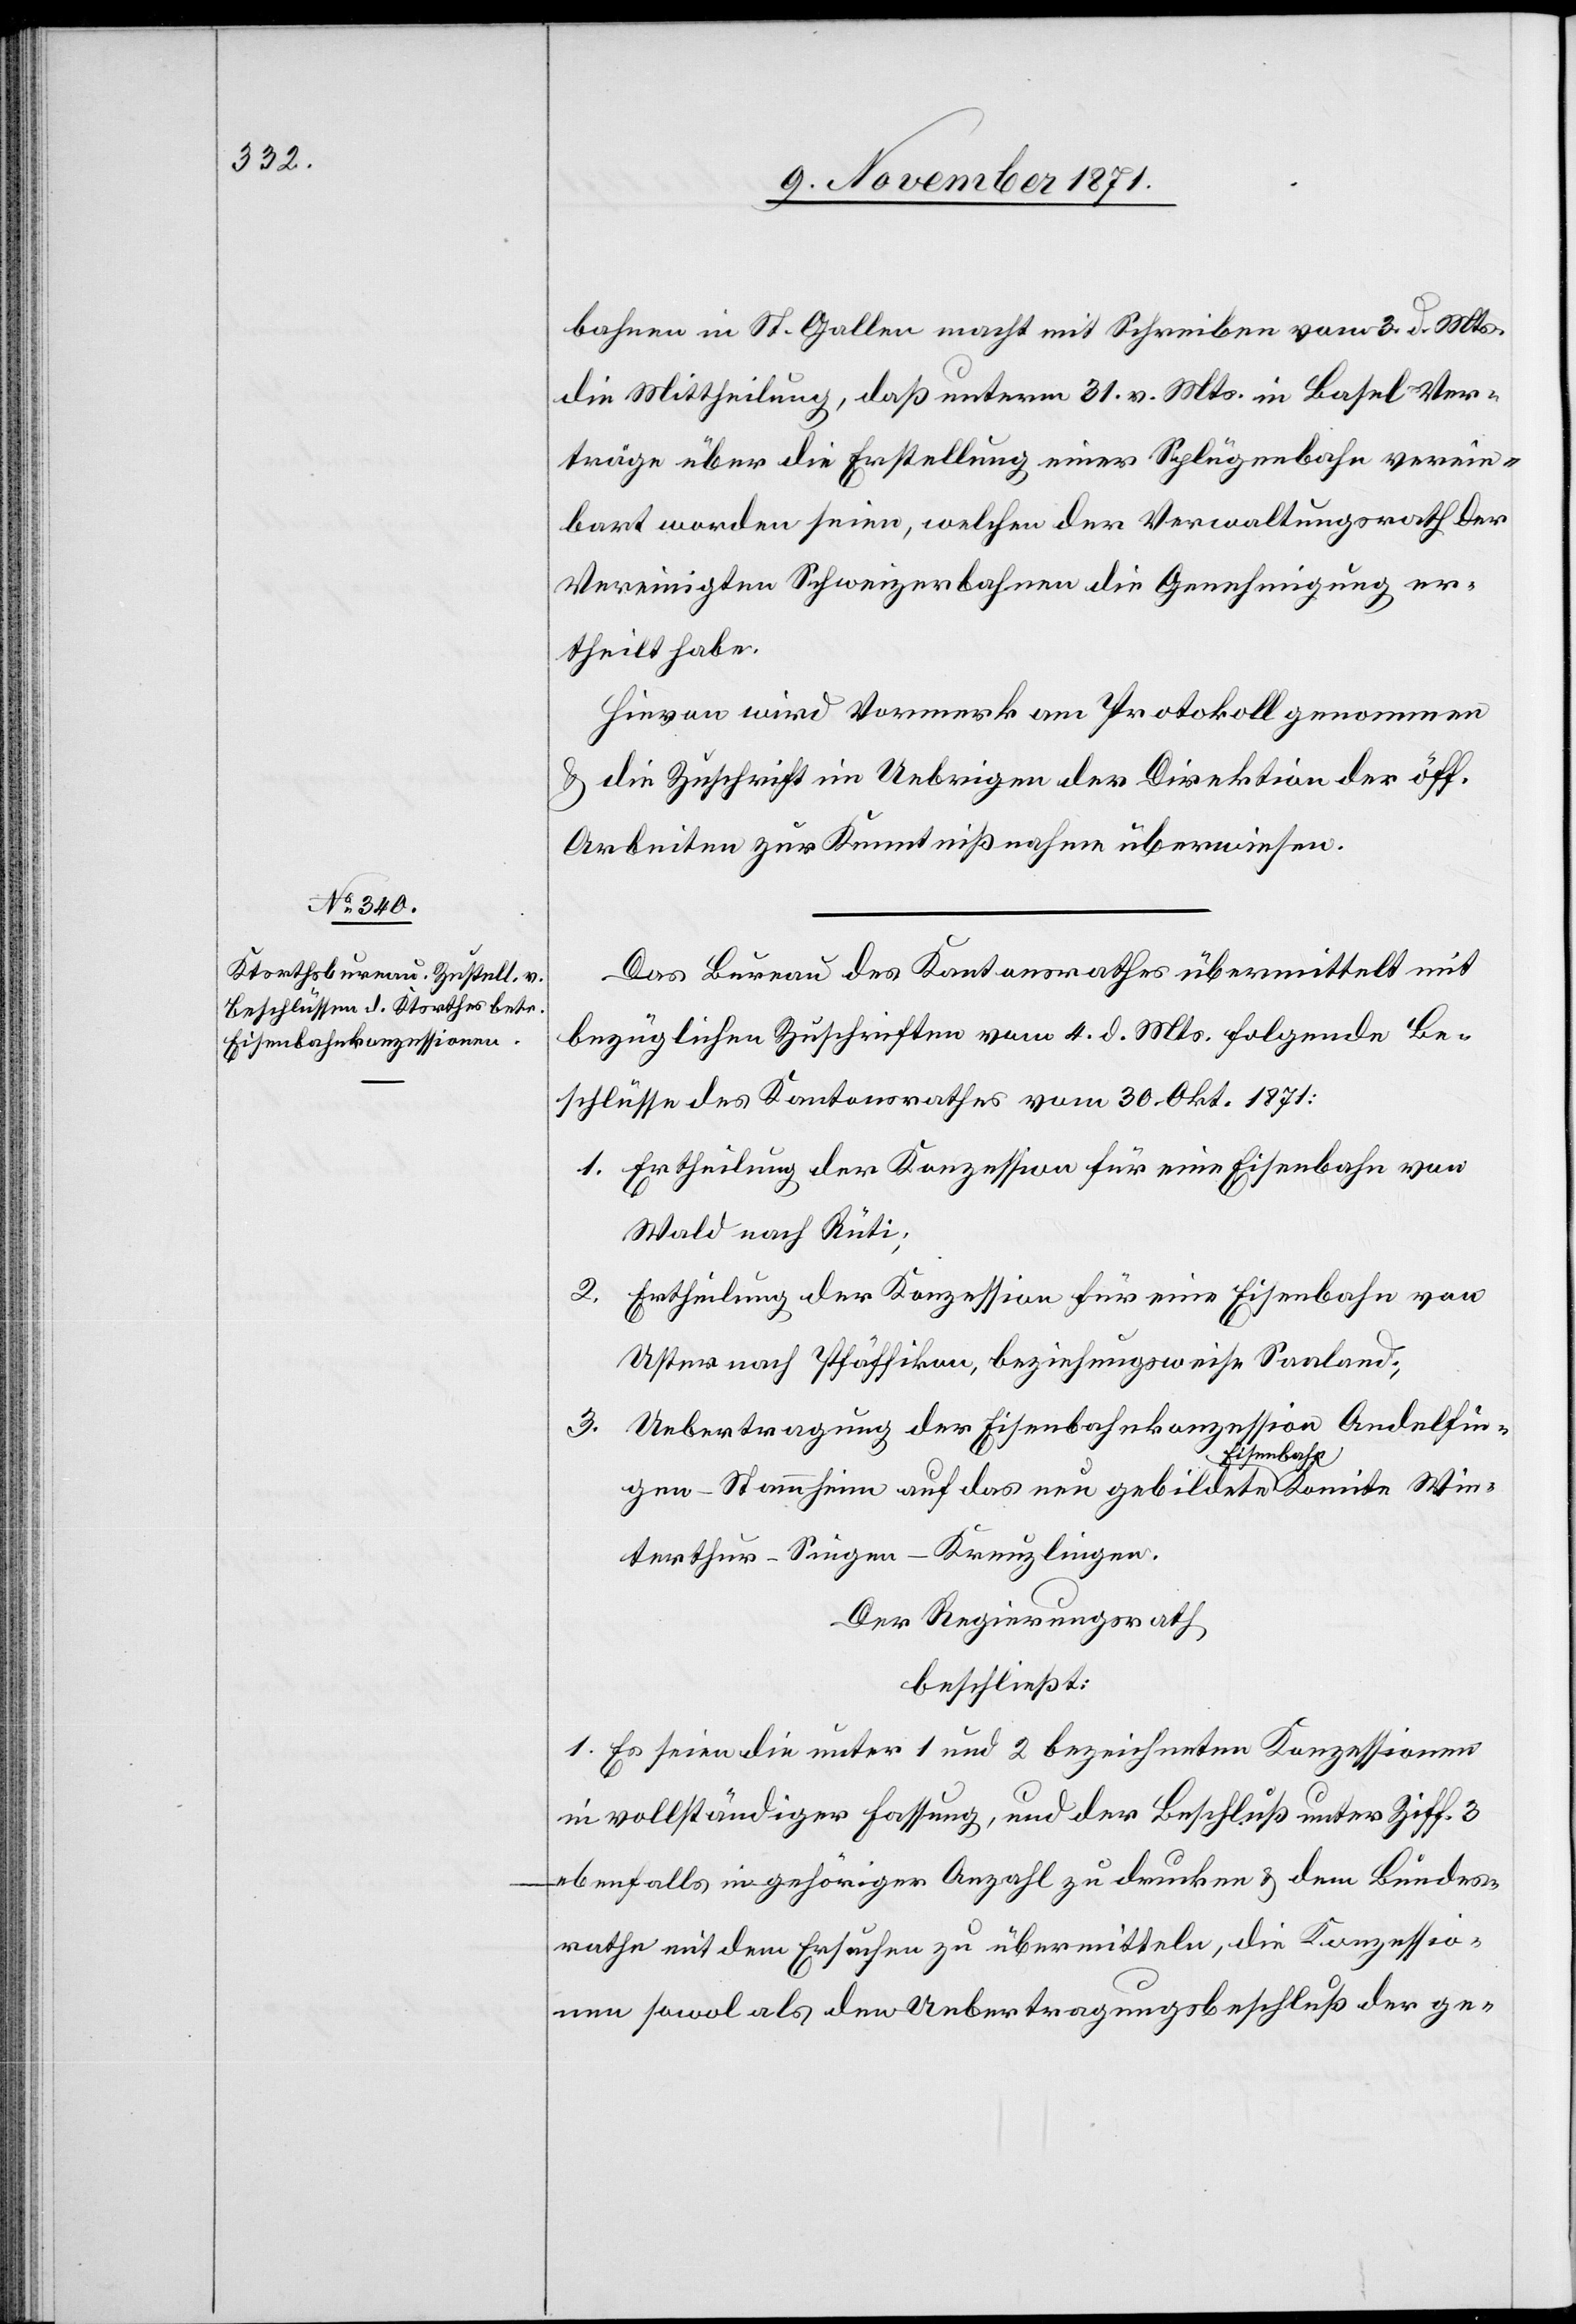
bahnen in St. Gallen macht mit Schreiben vom 3. d. Mts.
die Mittheilung, daß unterm 31. v. Mts. in Basel Ver¬
träge über die Erstellung einer Splügenbahn verein¬
bart worden seien, welchen der Verwaltungsrath der
Vereinigten Schweizerbahnen die Genehmigung er¬
theilt habe.
Hievon wird Vormerk am Protokoll genommen
& die Zuschrift im Uebrigen der Direktion der öff.
Arbeiten zur Kenntißnahme überwiesen.
Das Bureau des Kantonsrathes übermittelt mit
bezüglichen Zuschriften vom 4. d. Mts. folgende Be¬
schlüsse des Kantonsrathes vom 30. Okt. 1871:
1. Ertheilung der Konzession für eine Eisenbahn von
Wald nach Rüti;
2.
Ertheilung der Konzession für eine Eisenbahn von
Uster nach Pfäffikon, beziehungsweise Saaland;
3. Uebertragung der Eisenbahnkonzession Andelfin¬
gen–Stammheim auf das neu gebildete Eisenbahn-Komitee Win¬
terthur–Singen–Kreuzlingen.
Der Regierungsrath
beschließt:
1. Es seien die unter 1 und 2 bezeichneten Konzessionen
in vollständiger Fassung, und der Beschluß unter Ziff. 3
ebenfalls in gehöriger Anzahl zu drucken & dem Bundes¬
rathe mit dem Ersuchen zu übermitteln, die Konzessio¬
nen sowol als den Uebertragungsbeschluß der ge-